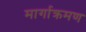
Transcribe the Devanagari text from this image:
मार्गाक्रमण